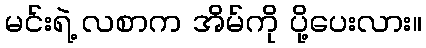
မင်းရဲ့ လစာက အိမ်ကို ပို့ပေးလား။